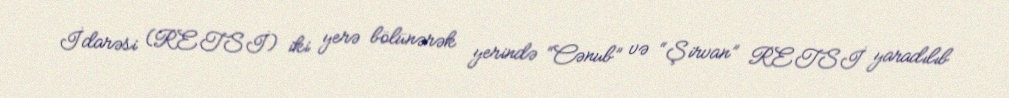
İdarəsi (RETSİ) iki yerə bölünərək yerində “Cənub” və “Şirvan” RETSİ yaradılıb